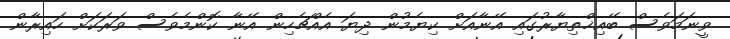
ވީނަމަވެސް ބޭއިޚްތިޔާރުގައި އޭނާއަށް ކިޔެމުން ދިޔަ އެއްޗެހިން އޭނާ ކޮންމެވެސް ވަރަކަށް ހައިރާން